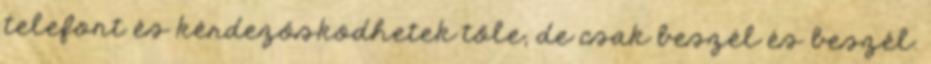
telefont és kérdezősködhetek tőle, de csak beszél és beszél.